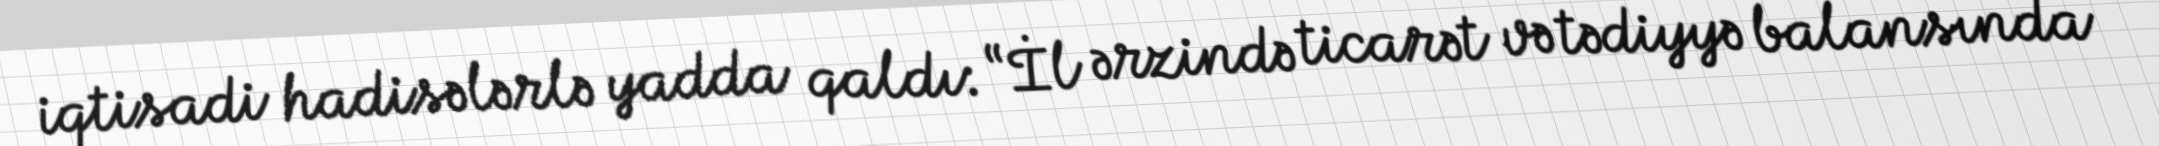
iqtisadi hadisələrlə yadda qaldı: “İl ərzində ticarət və tədiyyə balansında